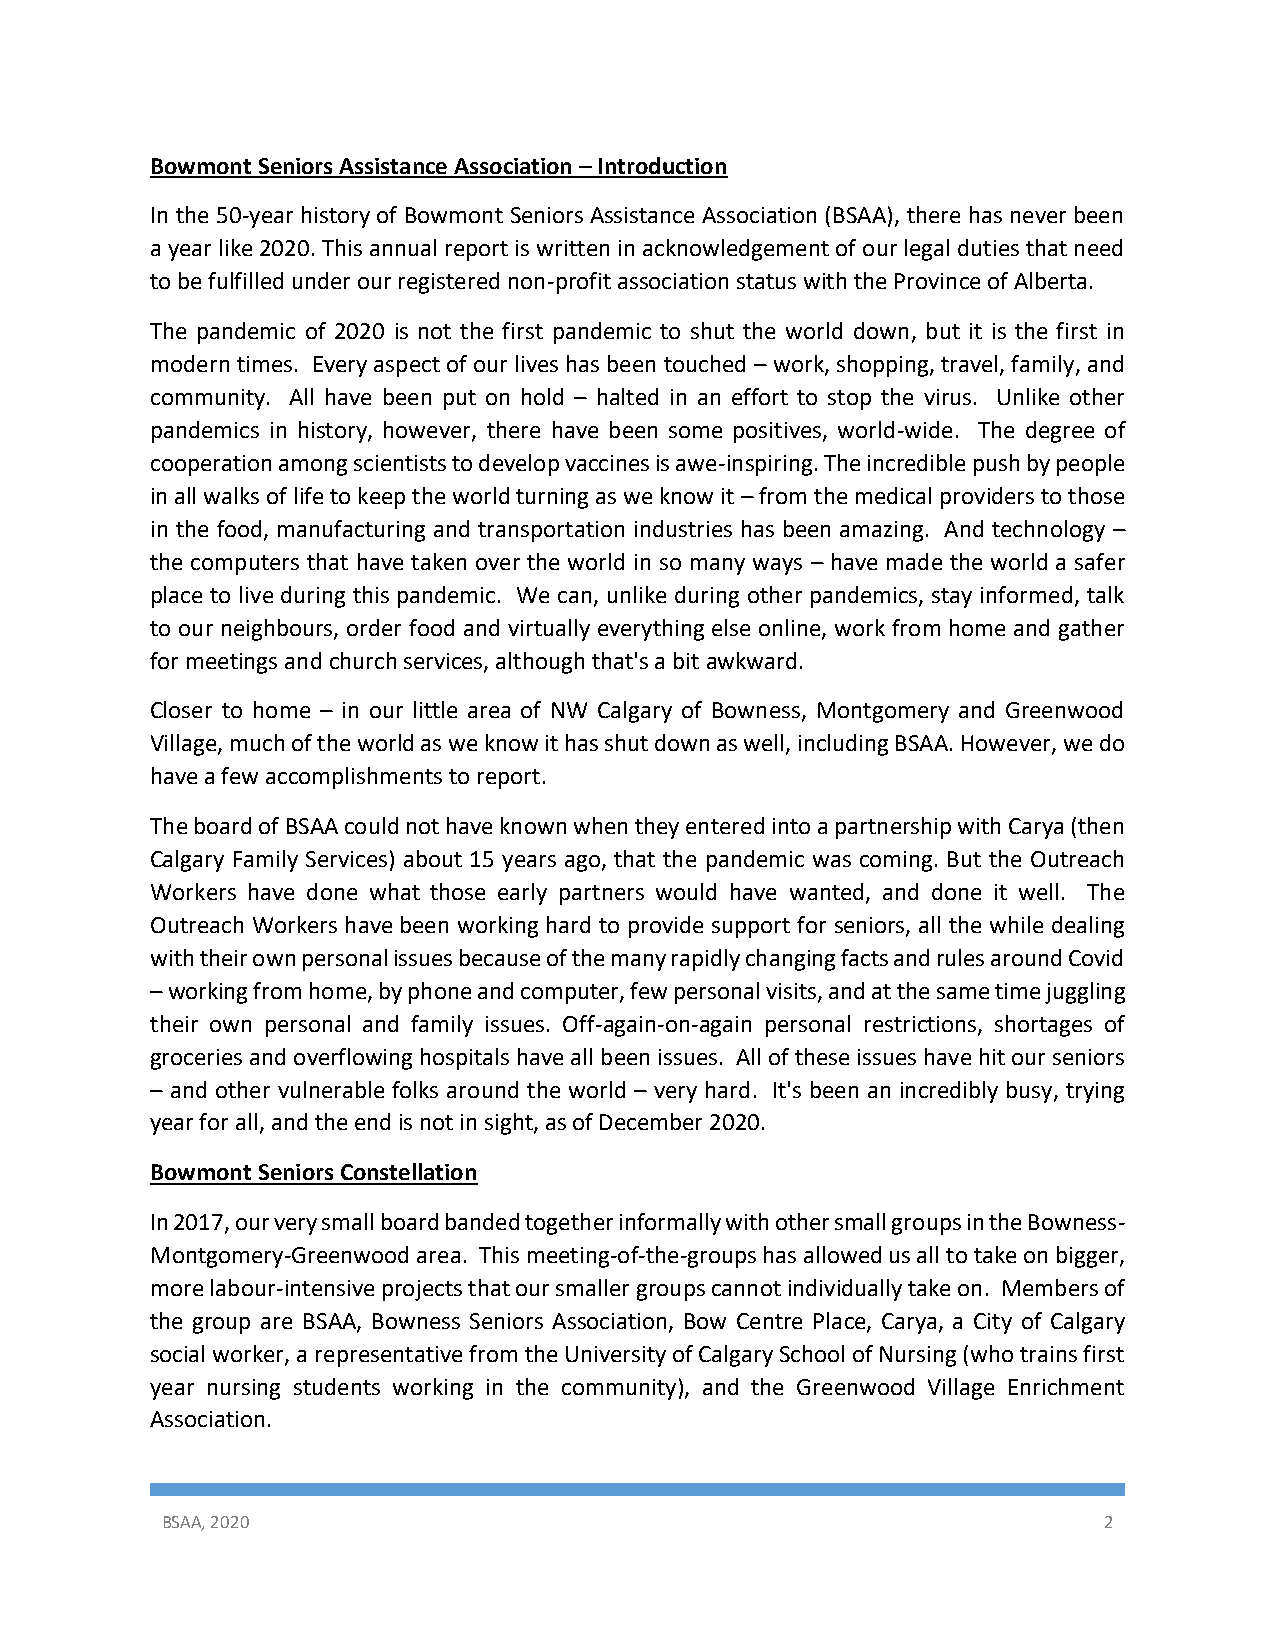
Bowmont Seniors Assistance Association – Introduction
 In the 50-year history of Bowmont Seniors Assistance Association (BSAA), there has never been
 a year like 2020. This annual report is written in acknowledgement of our legal duties that need
 to be fulfilled under our registered non-profit association status with the Province of Alberta.
 The pandemic of 2020 is not the first pandemic to shut the world down, but it is the first in
 modern times. Every aspect of our lives has been touched – work, shopping, travel, family, and
 community. All have been put on hold – halted in an effort to stop the virus. Unlike other
 pandemics in history, however, there have been some positives, world-wide. The degree of
 cooperation among scientists to develop vaccines is awe-inspiring. The incredible push by people
 in all walks of life to keep the world turning as we know it – from the medical providers to those
 in the food, manufacturing and transportation industries has been amazing. And technology –
 the computers that have taken over the world in so many ways – have made the world a safer
 place to live during this pandemic. We can, unlike during other pandemics, stay informed, talk
 to our neighbours, order food and virtually everything else online, work from home and gather
 for meetings and church services, although that's a bit awkward.
 Closer to home – in our little area of NW Calgary of Bowness, Montgomery and Greenwood
 Village, much of the world as we know it has shut down as well, including BSAA. However, we do
 have a few accomplishments to report.
 The board of BSAA could not have known when they entered into a partnership with Carya (then
 Calgary Family Services) about 15 years ago, that the pandemic was coming. But the Outreach
 Workers have done what those early partners would have wanted, and done it well. The
 Outreach Workers have been working hard to provide support for seniors, all the while dealing
 with their own personal issues because of the many rapidly changing facts and rules around Covid
 – working from home, by phone and computer, few personal visits, and at the same time juggling
 their own personal and family issues. Off-again-on-again personal restrictions, shortages of
 groceries and overflowing hospitals have all been issues. All of these issues have hit our seniors
 – and other vulnerable folks around the world – very hard. It's been an incredibly busy, trying
 year for all, and the end is not in sight, as of December 2020.
 Bowmont Seniors Constellation
 In 2017, our very small board banded together informally with other small groups in the Bowness-
 Montgomery-Greenwood area. This meeting-of-the-groups has allowed us all to take on bigger,
 more labour-intensive projects that our smaller groups cannot individually take on. Members of
 the group are BSAA, Bowness Seniors Association, Bow Centre Place, Carya, a City of Calgary
 social worker, a representative from the University of Calgary School of Nursing (who trains first
 year nursing students working in the community), and the Greenwood Village Enrichment
 Association.
 BSAA, 2020                                                    2